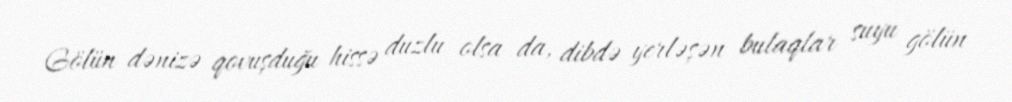
Gölün dənizə qovuşduğu hissə duzlu olsa da, dibdə yerləşən bulaqlar suyu gölün